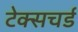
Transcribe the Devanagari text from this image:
टेक्सचर्ड